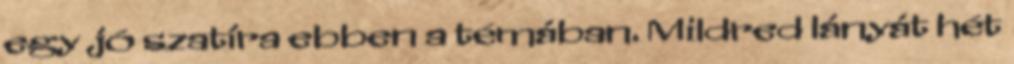
egy jó szatíra ebben a témában. Mildred lányát hét